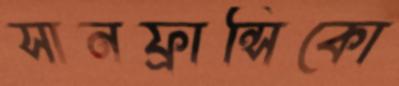
সানফ্রান্সিকো